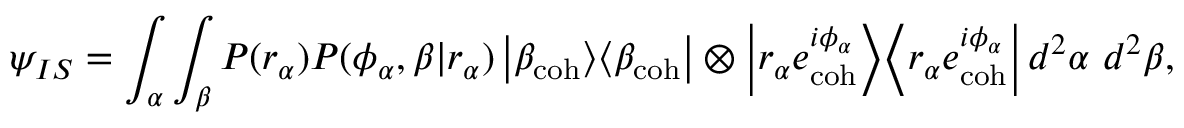
\psi _ { I S } = \int _ { \alpha } \int _ { \beta } P ( r _ { \alpha } ) P ( \phi _ { \alpha } , \beta | r _ { \alpha } ) \left| \beta _ { \mathrm { c o h } } \middle > \middle < \beta _ { \mathrm { c o h } } \right| \otimes \left| r _ { \alpha } e _ { \mathrm { c o h } } ^ { i \phi _ { \alpha } } \middle > \middle < r _ { \alpha } e _ { \mathrm { c o h } } ^ { i \phi _ { \alpha } } \right| d ^ { 2 } \alpha ~ d ^ { 2 } \beta ,